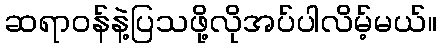
ဆရာဝန်နဲ့ပြသဖို့လိုအပ်ပါလိမ့်မယ်။